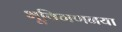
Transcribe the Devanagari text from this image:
भूविगणनया